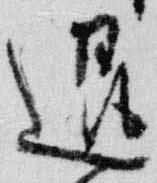
退